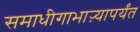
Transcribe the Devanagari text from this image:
समाधीगाभाऱ्यापर्यंत